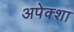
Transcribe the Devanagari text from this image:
अपेक्शा